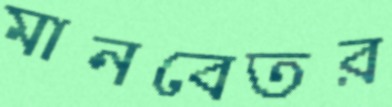
মানবেতর